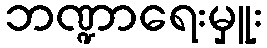
ဘဏ္ဍာရေးမှူး